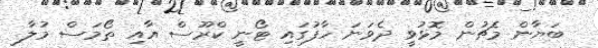
ބަޔާން މެޗުން މޮޅުވީ ދެވަނަ ހާފުގައި ޓޯނީ ކްރޫސް އާއި ތޯމަސް މުލާ